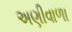
અણીવાળા